Rangoon Lunatic Asylum 1878-1892 - 1878-1892
Year: 1878
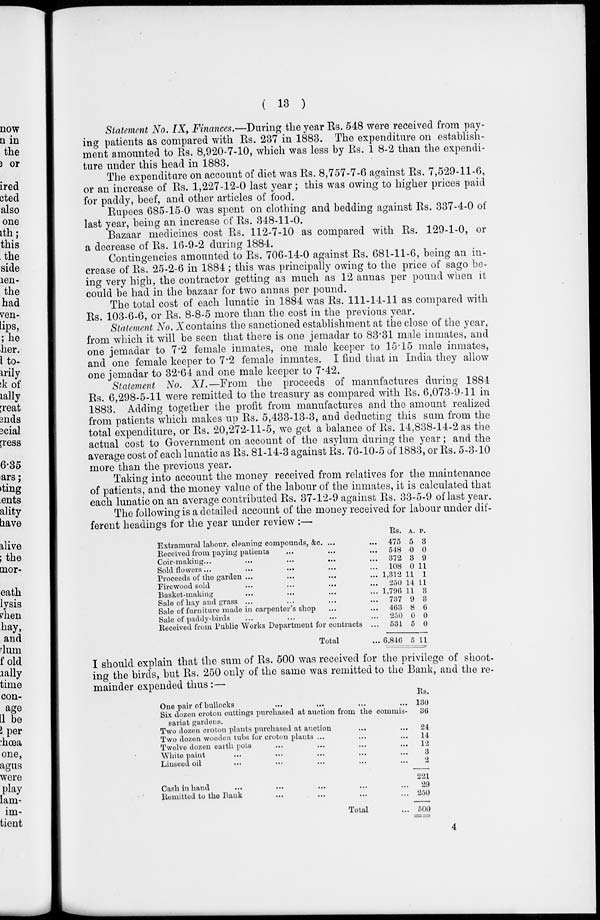
( 13 )
Statement No. IX, Finances.—During the year Rs. 548 were received from pay-
ing patients as compared with Rs. 237 in 1883. The expenditure on establish-
ment amounted to Rs. 8,920-7-10, which was less by Rs. 1 8-2 than the expendi-
ture under this head in 1883.
The expenditure on account of diet was Rs. 8,757-7-6 against Rs. 7,529-11-6,
or an increase of Rs. 1,227-12-0 last year; this was owing to higher prices paid
for paddy, beef, and other articles of food.
Rupees 685-15-0 was spent on clothing and bedding against Rs. 337-4-0 of
last year, being an increase of Rs. 348-11-0.
Bazaar medicines cost Rs. 112-7-10 as compared with Rs. 129-1-0, or
a decrease of Rs. 16-9-2 during 1884.
Contingencies amounted to Rs. 706-14-0 against Rs. 681-11-6, being an in-
crease of Rs. 25-2-6 in 1884 ; this was principally owing to the price of sago be-
ing very high, the contractor getting as much as 12 annas per pound when it
could be had in the bazaar for two annas per pound.
The total cost of each lunatic in 1884 was Rs. 111-14-11 as compared with
Rs. 103-6-6, or Rs. 8-8-5 more than the cost in the previous year.
Statement No. X contains the sanctioned establishment at the close of the year,
from which it will be seen that there is one jemadar to 83.31 male inmates, and
one jemadar to 7.2 female inmates, one male keeper to 15.15 male inmates,
and one female keeper to 7.2 female inmates. I find that in India they allow
one jemadar to 32.64 and one male keeper to 7.42.
Statement No. XI.—From the proceeds of manufactures during 1884
Rs. 6,298-5-11 were remitted to the treasury as compared with Rs. 6,073-9-11 in
1883. Adding together the profit from manufactures and the amount realized
from patients which makes up Rs. 5,433-13-3, and deducting this sum from the
total expenditure, or Rs. 20,272-11-5, we get a balance of Rs. 14,838-14-2 as the
actual cost to Government on account of the asylum during the year; and the
average cost of each lunatic as Rs. 81-14-3 against Rs. 76-10-5 of 1883, or Rs. 5-3-10
more than the previous year.
Taking into account the money received from relatives for the maintenance
of patients, and the money value of the labour of the inmates, it is calculated that
each lunatic on an average contributed Rs. 37-12-9 against Rs. 33-5-9 of last year.
The following is a detailed account of the money received for labour under dif-
ferent headings for the year under review :—
Extramural labour, cleaning compounds, &c. ... ...
Received from paying patients ... ... ...
Coir-making ... ... ... ... ...
Sold flowers ... ... ... ... ...
Proceeds of the garden ... ... ... ...
Firewood sold ... ... ... ...
Basket-making ... ... ... ...
Sale of hay and grass ... ... ... ...
Sale of furniture made in carpenter's shop ... ...
Sale of paddy-birds ... ... ... ...
Received from Public Works Department for contracts ...
Total ...
Rs.
475
548
372
108
1,312
250
1,796
737
463
250
531
6,846
A.
5
0
3
0
11
14
11
9
8
0
5
5
P.
3
0
9
11
1
11
3
3
6
0
0
11
I should explain that the sum of Rs. 500 was received for the privilege of shoot-
ing the birds, but Rs. 250 only of the same was remitted to the Bank, and the re-
mainder expended thus:—
One pair of bullocks ... ... ... ... ...
Six dozen croton cuttings purchased at auction from the commis-
sariat gardens.
Two dozen croton plants purchased at auction ... ...
Two dozen wooden tubs for croton plants ... ... ...
Twelve dozen earth pots ... ... ... ...
White paint ... ... ... ... ...
Linseed oil ... ... ... ... ...
Cash in hand ... ... ... ... ...
Remitted to the Bank ... ... ... ...
Total ...
Rs.
130
36
24
14
12
3
2
221
29
250
500
4